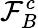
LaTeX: \mathcal{F}_{B}^{c}